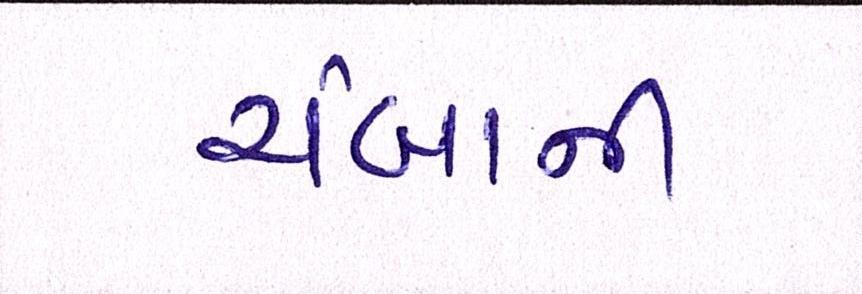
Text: ચંબાની